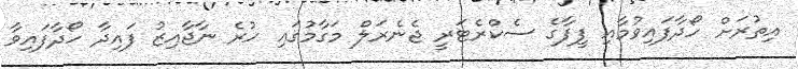
އިތުރަށް ހޯދާފައިވުމާއި ފީފާގެ ސެކްރެޓަރީ ޖެނެރަލް މަގާމުގައި ހުރެ ނާޖާއިޒު ފައިދާ ހޯދާފައިވާ